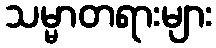
သမ္မာတရားများ